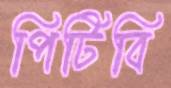
পিটিবি